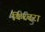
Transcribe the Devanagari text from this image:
किरदरा